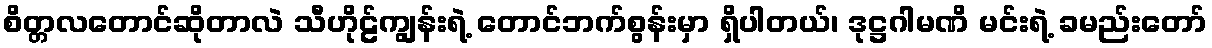
စိတ္တလတောင်ဆိုတာလဲ သီဟိုဠ်ကျွန်းရဲ့ တောင်ဘက်စွန်းမှာ ရှိပါတယ်၊ ဒုဋ္ဌဂါမဏိ မင်းရဲ့ ခမည်းတော်